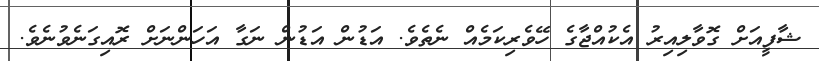
ޝާފީއަށް ގޮވާލިއިރު އެކުއްޖާގެ ހޭވެރިކަމެއް ނެތެވެ. އަޑުން އަޑުން ނަގާ އަހަންނަށް ރޮއިގަނެވުނެވެ.